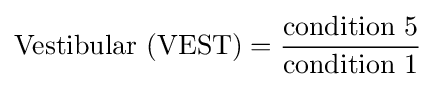
{\text{Vestibular (VEST)}}={\frac {\text{condition 5}}{\text{condition 1}}}